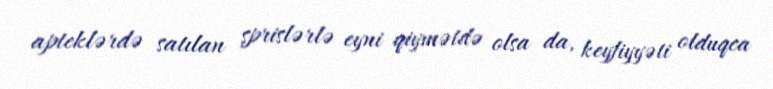
apteklərdə satılan şprislərlə eyni qiymətdə olsa da, keyfiyyəti olduqca